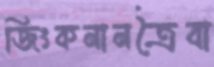
জিংকনানত্রৈবা